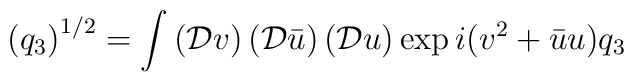
\left(q_3\right)^{1/2} = \int \left(\mathcal{D}v\right)\left(\mathcal{D}\bar{u}\right)\left(\mathcal{D}u\right)\exp{i(v^2+\bar{u}u)q_3}